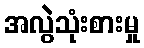
အလွဲသုံးစားမှု